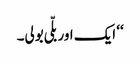
‘‘ ایک اور بلّی بولی۔